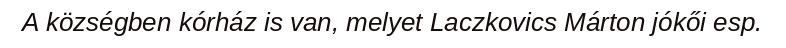
A községben kórház is van, melyet Laczkovics Márton jókői esp.